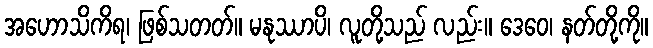
အဟောသိကိရ၊ ဖြစ်သတတ်။ မနုဿာပိ၊ လူတို့သည် လည်း။ ဒေဝေ၊ နတ်တို့ကို။